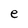
Character: e